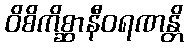
ဝိစိကိစ္ဆာနီဝရဏန္တိ